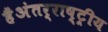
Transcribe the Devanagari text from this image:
हैंअंतर्राष्ट्रीय